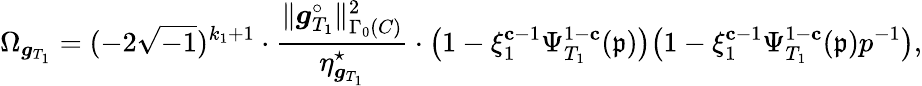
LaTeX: \Omega_{{\boldsymbol{g}}_{T_{1}}}=(-2\sqrt{-1})^{k_{1}+1}\cdot\frac{\Vert{\boldsymbol{g}}_{T_{1}}^{\circ}\Vert_{\Gamma_{0}(C)}^{2}}{\eta_{{\boldsymbol{g}}_{T_{1}}}^{\star}}\cdot\bigl(1-\xi_{1}^{\mathbf{c}-1}\Psi_{T_{1}}^{1-\mathbf{c}}(\mathfrak{p})\bigr)\bigl(1-\xi_{1}^{\mathbf{c}-1}\Psi_{T_{1}}^{1-\mathbf{c}}(\mathfrak{p})p^{-1}\bigr),